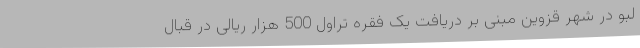
لبو در شهر قزوین مبنی بر دریافت یک فقره تراول 500 هزار ریالی در قبال